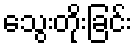
သွေးတိုးခြင်း